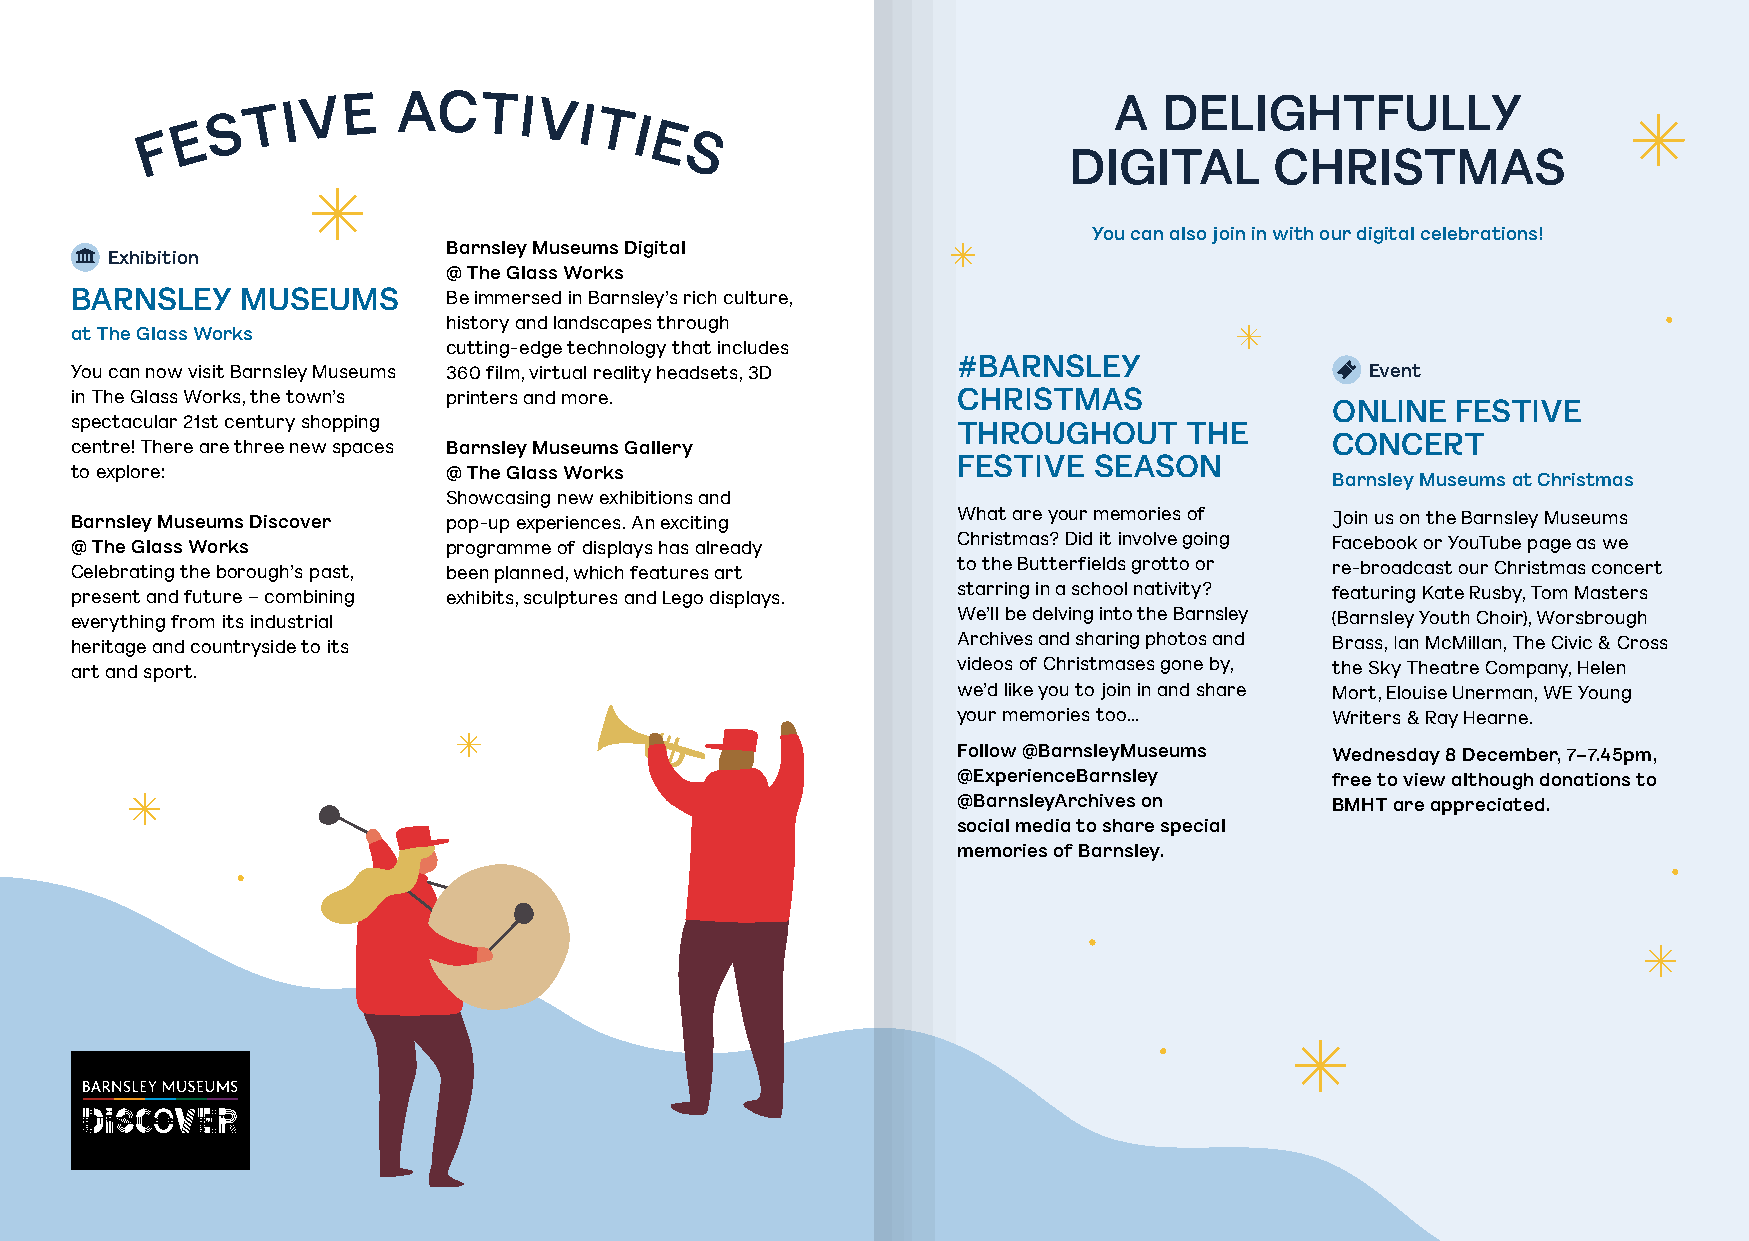
E S
 T I V E  ACTIVI
 TI
 A  DELIGHTFULLY
 F                               E
 S
 DIGITAL      CHRISTMAS
 You can also join in with our digital celebrations!
 Barnsley Museums Digital
 Exhibition
 @ The Glass Works
 BARNSLEY   MUSEUMS       Be immersed in Barnsley’s rich culture,
 history and landscapes through
 at The Glass Works
 cutting-edge technology that includes
 #BARNSLEY
 You can now visit Barnsley Museums 360 film, virtual reality headsets, 3D             Event
 in The Glass Works, the town’s printers and more.         CHRISTMAS
 ONLINE  FESTIVE
 spectacular 21st century shopping
 THROUGHOUT      THE
 centre! There are three new spaces Barnsley Museums Gallery                        CONCERT
 FESTIVE  SEASON
 to explore:              @ The Glass Works
 Barnsley Museums at Christmas
 Showcasing new exhibitions and
 Barnsley Museums Discover pop-up experiences. An exciting What are your memories of Join us on the Barnsley Museums
 @ The Glass Works        programme of displays has already Christmas? Did it involve going Facebook or YouTube page as we
 Celebrating the borough’s past, been planned, which features art to the Butterfields grotto or re-broadcast our Christmas concert
 present and future – combining exhibits, sculptures and Lego displays. starring in a school nativity? featuring Kate Rusby, Tom Masters
 everything from its industrial                            We’ll be delving into the Barnsley (Barnsley Youth Choir), Worsbrough
 heritage and countryside to its                           Archives and sharing photos and Brass, Ian McMillan, The Civic & Cross
 art and sport.                                            videos of Christmases gone by, the Sky Theatre Company, Helen
 we’d like you to join in and share Mort, Elouise Unerman, WE Young
 your memories too...     Writers & Ray Hearne.
 Follow @BarnsleyMuseums  Wednesday 8 December, 7–7.45pm,
 @ExperienceBarnsley      free to view although donations to
 @BarnsleyArchives on     BMHT are appreciated.
 social media to share special
 memories of Barnsley.